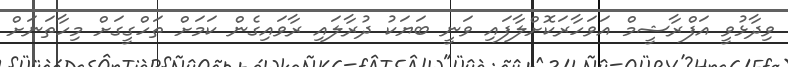
ވިދާޅުވީ އަފްރާޝީމް އަވަހާރަކޮށްލާފައި ވަނީ ބަޔަކު ދުރާލައި ރާވައިގެން ކަމަށް ތަހްގީގަށް މިހާތަނަށް